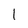
Character: 1